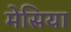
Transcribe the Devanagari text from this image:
मेसिया